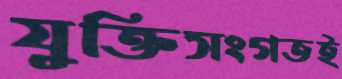
যুক্তিসংগতই